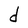
Character: d